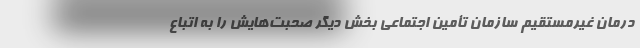
درمان غیرمستقیم سازمان تأمین اجتماعی بخش دیگر صحبت‌هایش را به اتباع